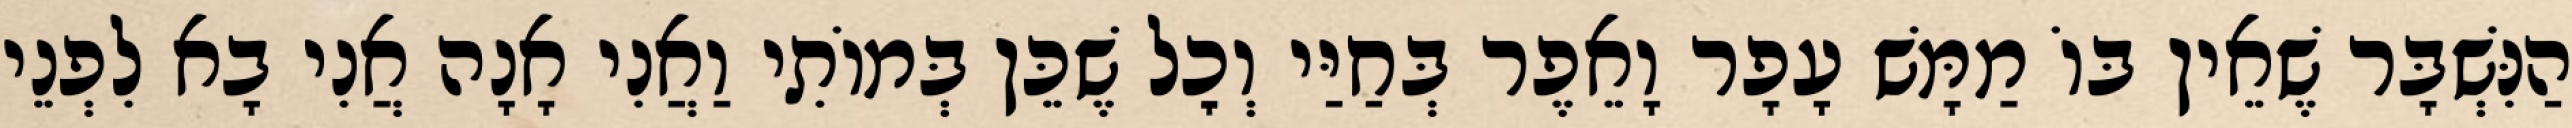
הַנִּשְׁבָּר שֶׁאֵין בּוֹ מַמָּשׁ עָפָר וָאֵפֶר בְּחַיַּי וְכׇל שֶׁכֵּן בְּמוֹתִי וַאֲנִי אָנָה אֲנִי בָא לִפְנֵי